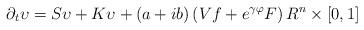
LaTeX: \begin{align*}\partial _{t}\upsilon =S\upsilon +K\upsilon +\left( a+ib\right) \left(Vf+e^{\gamma \varphi }F\right) R^{n}\times \left[ 0,1\right] \end{align*}